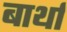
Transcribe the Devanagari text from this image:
बार्था